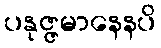
ပနုဇ္ဇမာနေနပိ